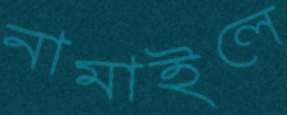
নামাইলে